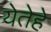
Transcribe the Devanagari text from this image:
येतेहे